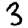
Digit: 3